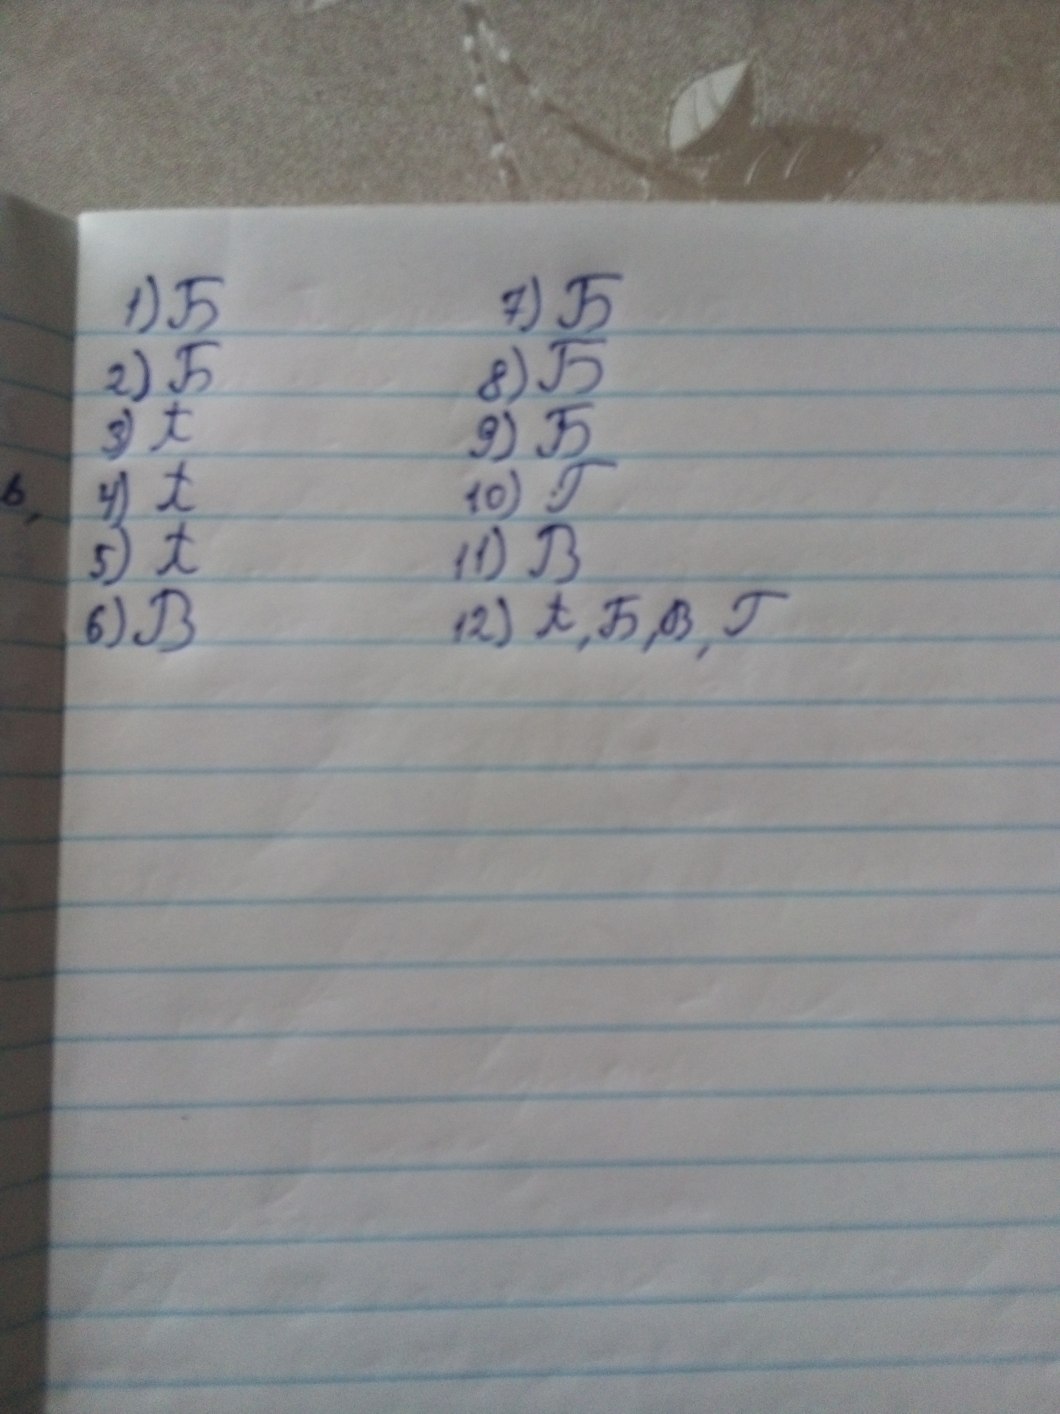
1) Б
7) Б
2) Б
8) Б
3) А
9) Б
10) Г
4) А
ь.
5) А
11) B
6) B
12) А,Б,В,Г